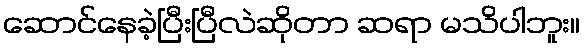
ဆောင်နေခဲ့ပြီးပြီလဲဆိုတာ ဆရာ မသိပါဘူး။